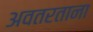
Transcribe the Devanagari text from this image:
अवतरताना